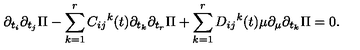
\partial _ { t _ { i } } \partial _ { t _ { j } } \Pi - \sum _ { k = 1 } ^ { r } { C _ { i j } } ^ { k } ( t ) \partial _ { t _ { k } } \partial _ { t _ { r } } \Pi + \sum _ { k = 1 } ^ { r } { D _ { i j } } ^ { k } ( t ) \mu \partial _ { \mu } \partial _ { t _ { k } } \Pi = 0 .